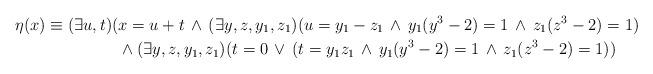
LaTeX: \begin{align*}\eta(x)\equiv (\exists u,t)(&x=u+t\, \wedge \,(\exists y,z,y_1,z_1)(u=y_1-z_1\, \wedge\, y_1(y^3-2)=1\, \wedge \,z_1(z^3-2)=1) \\&\wedge(\exists y,z,y_1,z_1)(t=0\, \vee\, (t=y_1z_1 \,\wedge\, y_1(y^3-2)=1 \,\wedge\, z_1(z^3-2)=1))\end{align*}